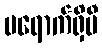
မရောက်ရှိမီ